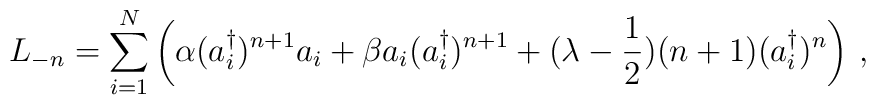
L_{-n} = \sum_{i=1}^N \left ( \alpha (a_i^\dagger)^{n+1} a_i +\beta a_i (a_i^\dagger)^{n+1}+(\lambda-{1\over 2}) (n+1) (a_i^\dagger)^{n} \right )\,,